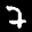
Label: 7